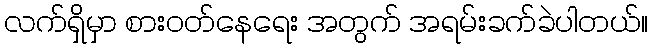
လက်ရှိမှာ စားဝတ်နေရေး အတွက် အရမ်းခက်ခဲပါတယ်။